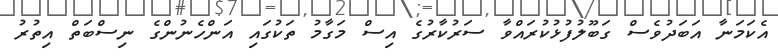
އެކަމަނާ އަބަދުވެސް ގަބޫލުފުޅުކުރައްވާ ސަރުކާރުގެ އިސް މަގާމު ތަކުގައި އަންހެނުންގެ ނިސްބަތް އިތުރު